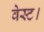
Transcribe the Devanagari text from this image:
वेस्ट।